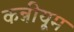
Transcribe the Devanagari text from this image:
कन्नीयूम